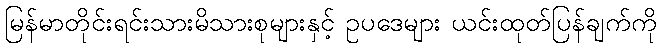
မြန်မာတိုင်းရင်းသားမိသားစုများနှင့် ဥပဒေများ ယင်းထုတ်ပြန်ချက်ကို